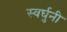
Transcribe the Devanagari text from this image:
स्वर्घुनी